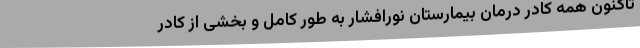
تاکنون همه کادر درمان بیمارستان نورافشار به طور کامل و بخشی از کادر